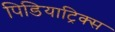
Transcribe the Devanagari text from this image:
पिडियाट्रिक्स